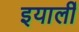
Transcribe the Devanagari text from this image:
इयार्ली